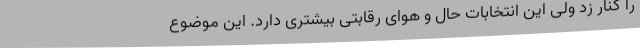
را کنار زد ولی این انتخابات حال و هوای رقابتی بیشتری دارد. این موضوع